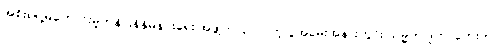
အစိုးရရဲ့မကောင်းမှုတန်ပြန်နှိမ်နင်းရေး အဖွဲ့ကပြုလုပ်တဲ့ ပွဲအခမ်းအနားတွင်း သမ္မတ ဒူတာတေးက